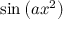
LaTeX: \sin \left( a x ^ { 2 } \right)